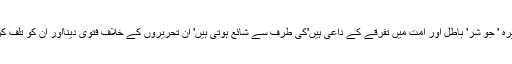
یہ تحریریں جو سعد الفقیہ اور مسعری وغیرہ ' جو شر' باطل اور امت میں تفرقے کے داعی ہیں'کی طرف سے شائع ہوتی ہیں' ان تحریروں کے خلاف فتوی دینااور ان کو تلف کرنا اور ان کی طرف عدم التفات واجب ہے۔